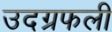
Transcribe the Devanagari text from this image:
उदग्रफली